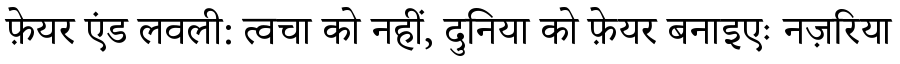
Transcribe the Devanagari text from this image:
फ़ेयर एंड लवली: त्वचा को नहीं, दुनिया को फ़ेयर बनाइएः नज़रिया